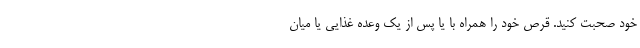
خود صحبت کنید. قرص خود را همراه با یا پس از یک وعده غذایی یا میان